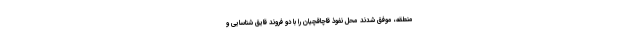
منطقه، موفق شدند محل نفوذ قاچاقچیان را با دو فروند قایق شناسایی و